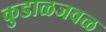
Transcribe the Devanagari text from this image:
कुडाळजवळ